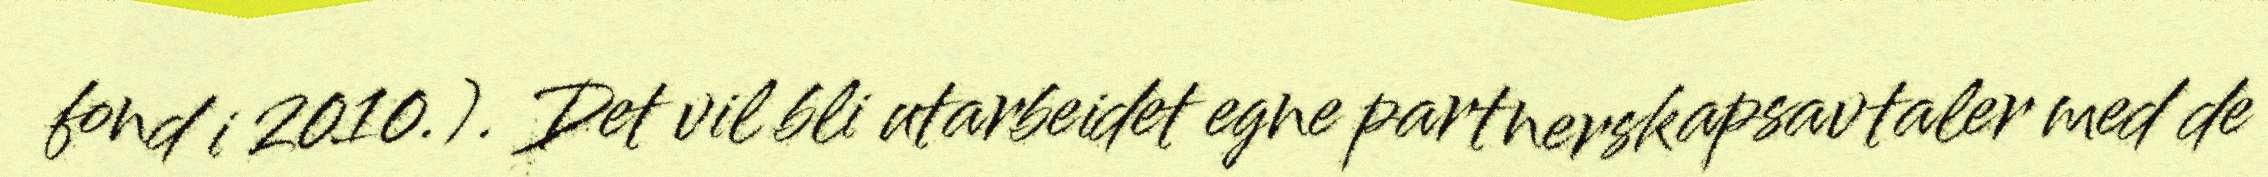
fond i 2010.). Det vil bli utarbeidet egne partnerskapsavtaler med de